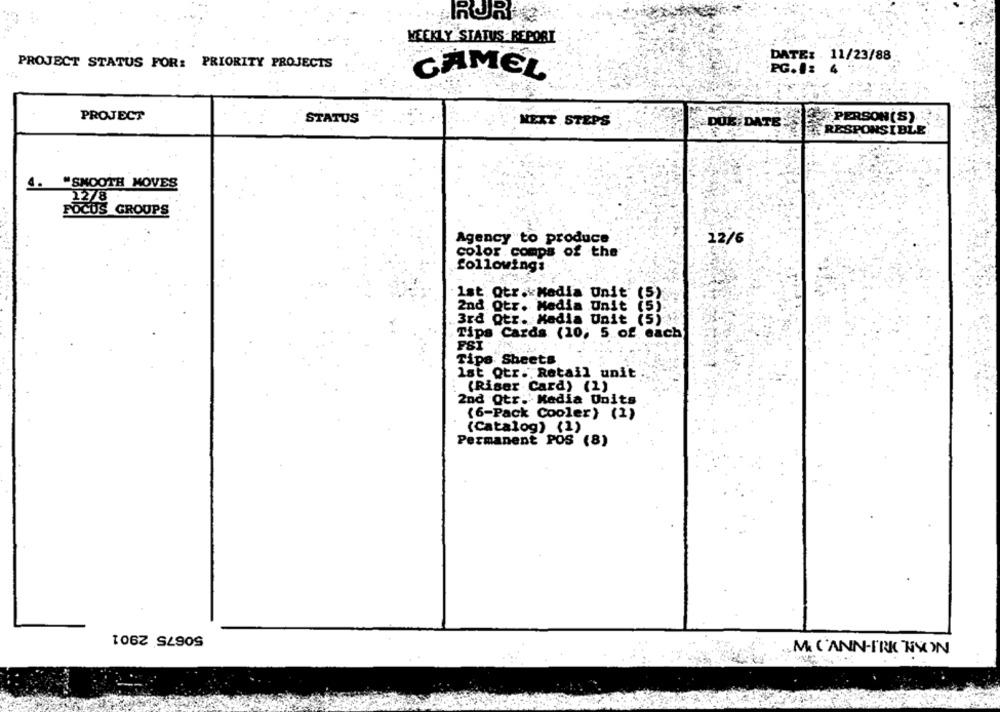
RORER
WEEKLY STATUS REPORT
DATE: . 11/23/88
PROJECT STATUS FOR: PRIORITY PROJECTS
PG.I:
CAMEL
PROJECT
STATUS
4.PERSON (S)
NEXT STEPS
DUE DATE
RESPONSIBLE
"SMOOTH MOVES
22/8
FOCUS GROUPS
Agency to produce
12/6
color comps of the
following:
1st. Qtr. Madia Unit (5
2nd Qtr. Media Unit (5).
3rd Qtr. Media Unit (5)
Tips Cards (10, 5. of each
FSI
Tips Sheets
1st Qtr."Retail unit
(Riser Card) (1)
2nd Qtr.' Media Units
(6-Pack Cooler) (1)
(Catalog) (1)
Permanent POS (8)
50675 2901
M. C'ANN-FRK WYCIN